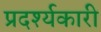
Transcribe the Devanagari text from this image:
प्रदर्श्यकारी